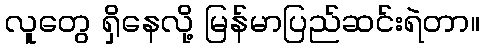
လူတွေ ရှိနေလို့ မြန်မာပြည်ဆင်းရဲတာ။